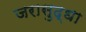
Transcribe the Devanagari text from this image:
जरासुद्धा